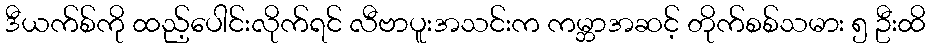
ဒီယက်စ်ကို ထည့်ပေါင်းလိုက်ရင် လီဗာပူးအသင်းက ကမ္ဘာအဆင့် တိုက်စစ်သမား ၅ ဦးထိ